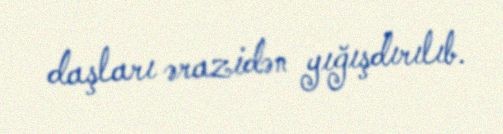
daşları ərazidən yığışdırılıb.